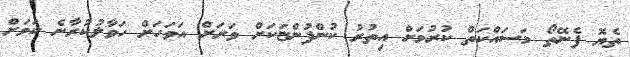
ތެޔޮ ފެނޭތޯ މަސައްކަތް ކުރުމަށް އިތުރު ކުންފުންޏަކަށް ވަރަށް އަވަހަށް ހަވާލުކުރާނެ ކަމަށް